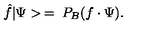
\hat { f } | \Psi > \: = \: P _ { B } ( f \cdot \Psi ) .